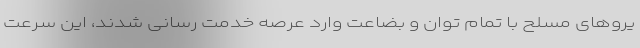
یروهای مسلح با تمام توان و بضاعت وارد عرصه خدمت رسانی شدند، این سرعت